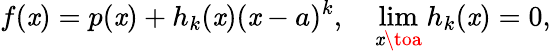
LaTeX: f(\mathit{x})=p(\mathit{x})+h_{k}(\mathit{x})(\mathit{x}-a)^{k},\quad\operatorname*{lim}_{\mathit{x}\toa}h_{k}(\mathit{x})=0,